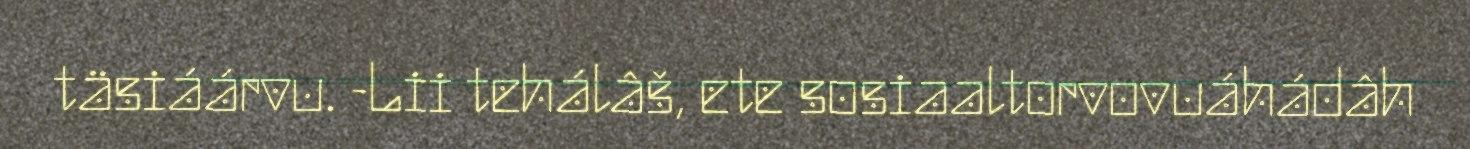
täsiáárvu. -Lii tehálâš, ete sosiaaltorvovuáhádâh